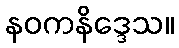
နဝကနိဒ္ဒေသ။